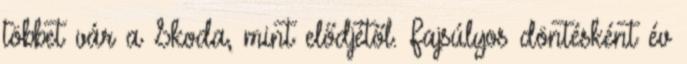
többet vár a Skoda, mint elődjétől. Fajsúlyos döntésként év